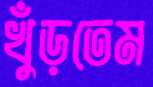
খুঁড়তেম